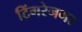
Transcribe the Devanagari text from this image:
टिंगरेनगर